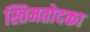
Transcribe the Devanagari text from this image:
स्तिमतोदका